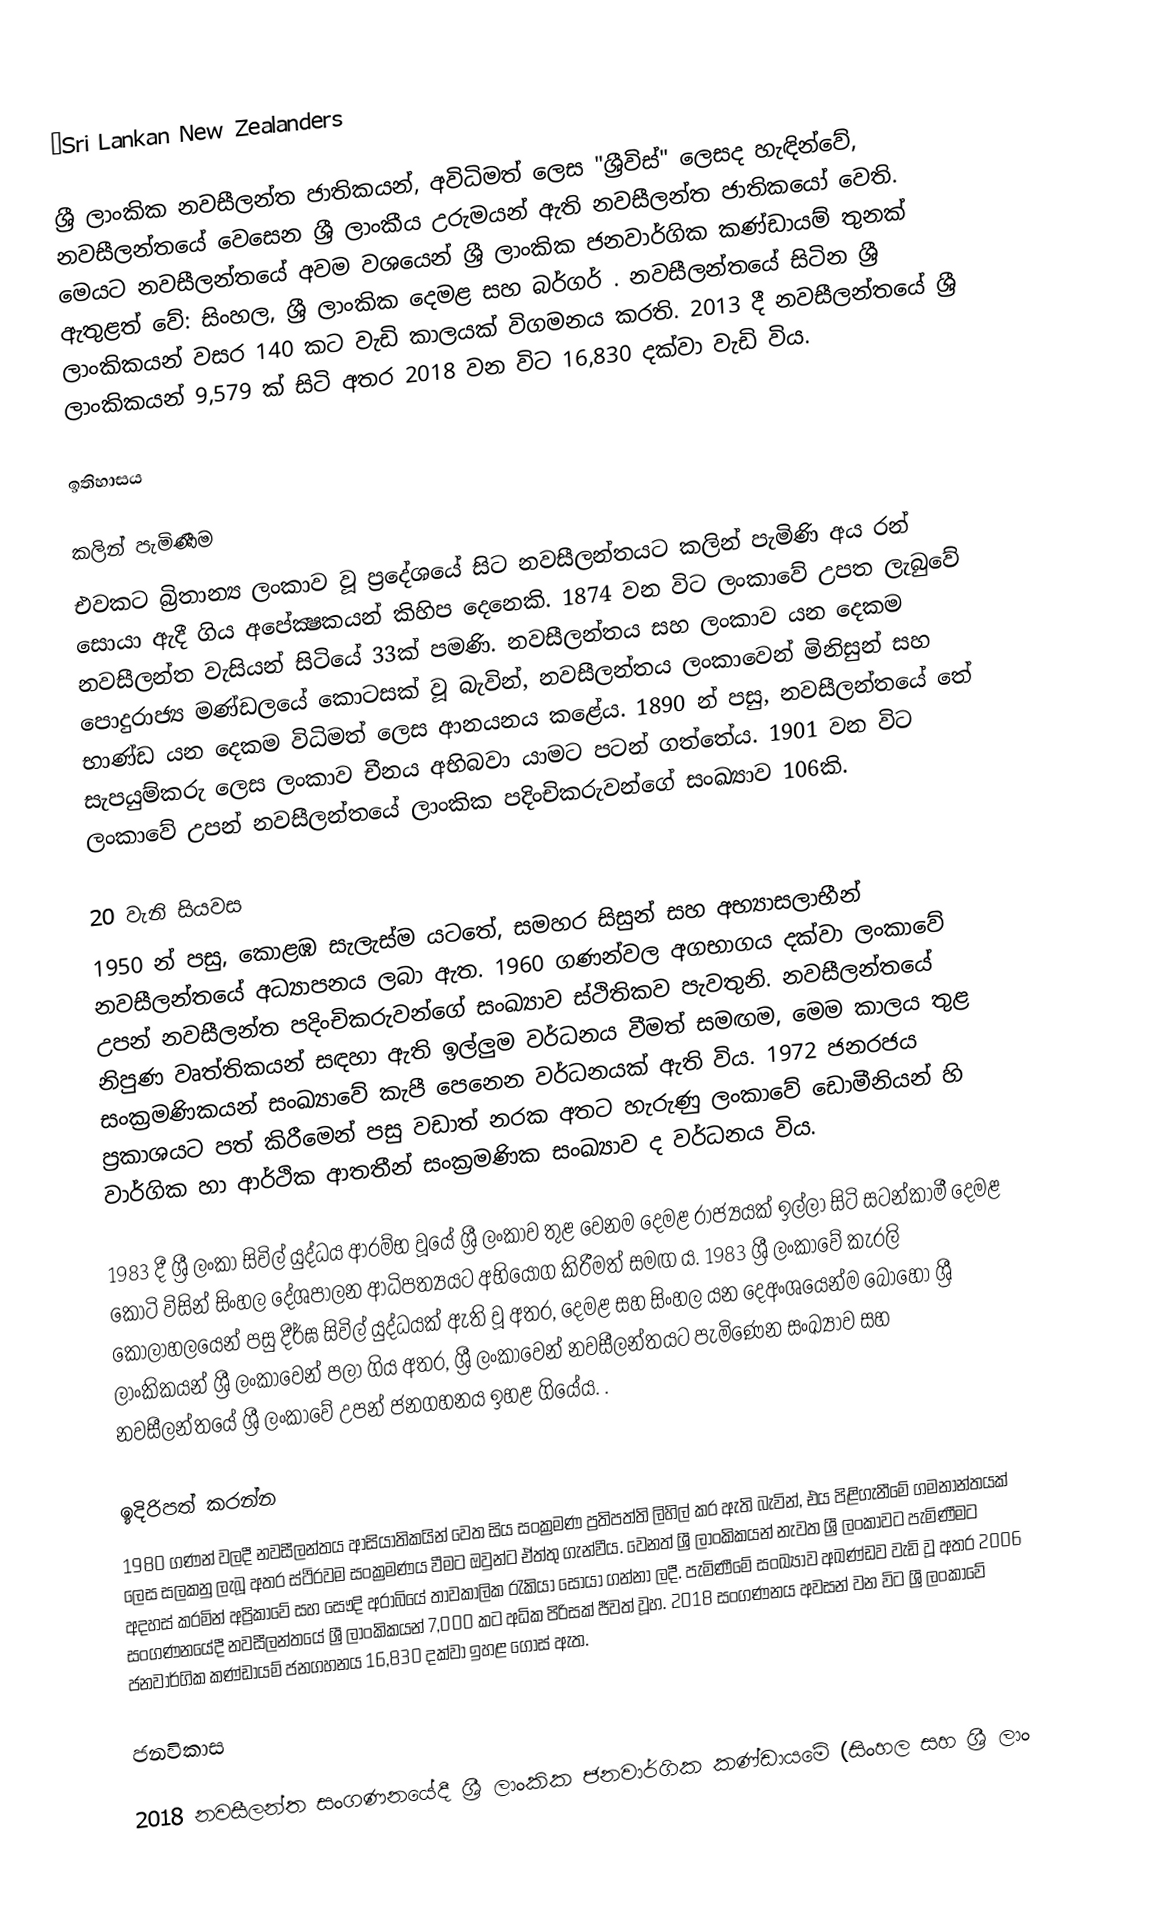
ΒSri Lankan New Zealanders

ශ්‍රී ලාංකික නවසීලන්ත ජාතිකයන්, අවිධිමත් ලෙස "ශ්‍රීවිස්" ලෙසද හැඳින්වේ, නවසීලන්තයේ වෙසෙන ශ්‍රී ලාංකීය උරුමයන් ඇති නවසීලන්ත ජාතිකයෝ වෙති. මෙයට නවසීලන්තයේ අවම වශයෙන් ශ්‍රී ලාංකික ජනවාර්ගික කණ්ඩායම් තුනක් ඇතුළත් වේ: සිංහල, ශ්‍රී ලාංකික දෙමළ සහ බර්ගර් . නවසීලන්තයේ සිටින ශ්‍රී ලාංකිකයන් වසර 140 කට වැඩි කාලයක් විගමනය කරති. 2013 දී නවසීලන්තයේ ශ්‍රී ලාංකිකයන් 9,579 ක් සිටි අතර   2018 වන විට 16,830 දක්වා වැඩි විය.

ඉතිහාසය

කලින් පැමිණීම
එවකට බ්‍රිතාන්‍ය ලංකාව වූ ප‍්‍රදේශයේ සිට නවසීලන්තයට කලින් පැමිණි අය රන් සොයා ඇදී ගිය අපේක්‍ෂකයන් කිහිප දෙනෙකි. 1874 වන විට ලංකාවේ උපත ලැබුවේ නවසීලන්ත වැසියන් සිටියේ 33ක් පමණි. නවසීලන්තය සහ ලංකාව යන දෙකම පොදුරාජ්‍ය මණ්ඩලයේ කොටසක් වූ බැවින්, නවසීලන්තය ලංකාවෙන් මිනිසුන් සහ භාණ්ඩ යන දෙකම විධිමත් ලෙස ආනයනය කළේය. 1890 න් පසු, නවසීලන්තයේ තේ සැපයුම්කරු ලෙස ලංකාව චීනය අභිබවා යාමට පටන් ගත්තේය. 1901 වන විට ලංකාවේ උපන් නවසීලන්තයේ ලාංකික පදිංචිකරුවන්ගේ සංඛ්‍යාව 106කි.

20 වැනි සියවස
1950 න් පසු, කොළඹ සැලැස්ම යටතේ, සමහර සිසුන් සහ අභ්‍යාසලාභීන් නවසීලන්තයේ අධ්‍යාපනය ලබා ඇත. 1960 ගණන්වල අගභාගය දක්වා ලංකාවේ උපන් නවසීලන්ත පදිංචිකරුවන්ගේ සංඛ්‍යාව ස්ථිතිකව පැවතුනි. නවසීලන්තයේ නිපුණ වෘත්තිකයන් සඳහා ඇති ඉල්ලුම වර්ධනය වීමත් සමඟම, මෙම කාලය තුළ සංක්‍රමණිකයන් සංඛ්‍යාවේ කැපී පෙනෙන වර්ධනයක් ඇති විය. 1972 ජනරජය ප්‍රකාශයට පත් කිරීමෙන් පසු වඩාත් නරක අතට හැරුණු ලංකාවේ ඩොමීනියන් හි වාර්ගික හා ආර්ථික ආතතීන් සංක්‍රමණික සංඛ්‍යාව ද වර්ධනය විය.

1983 දී ශ්‍රී ලංකා සිවිල් යුද්ධය ආරම්භ වූයේ ශ්‍රී ලංකාව තුළ වෙනම දෙමළ රාජ්‍යයක් ඉල්ලා සිටි සටන්කාමී දෙමළ කොටි විසින් සිංහල දේශපාලන ආධිපත්‍යයට අභියෝග කිරීමත් සමඟ ය.  1983 ශ්‍රී ලංකාවේ කැරලි කෝලාහලයෙන් පසු දීර්ඝ සිවිල් යුද්ධයක් ඇති වූ අතර, දෙමළ සහ සිංහල යන දෙඅංශයෙන්ම බොහෝ ශ්‍රී ලාංකිකයන් ශ්‍රී ලංකාවෙන් පලා ගිය අතර, ශ්‍රී ලංකාවෙන් නවසීලන්තයට පැමිණෙන සංඛ්‍යාව සහ නවසීලන්තයේ ශ්‍රී ලංකාවේ උපන් ජනගහනය ඉහළ ගියේය. .

ඉදිරිපත් කරන්න
1980 ගණන් වලදී නවසීලන්තය ආසියාතිකයින් වෙත සිය සංක්‍රමණ ප්‍රතිපත්ති ලිහිල් කර ඇති බැවින්, එය පිළිගැනීමේ ගමනාන්තයක් ලෙස සලකනු ලැබූ අතර ස්ථිරවම සංක්‍රමණය වීමට ඔවුන්ට ඒත්තු ගැන්වීය. වෙනත් ශ්‍රී ලාංකිකයන් නැවත ශ්‍රී ලංකාවට පැමිණීමට අදහස් කරමින් අප්‍රිකාවේ සහ සෞදි අරාබියේ තාවකාලික රැකියා සොයා ගන්නා ලදී. පැමිණීමේ සංඛ්‍යාව අඛණ්ඩව වැඩි වූ අතර 2006 සංගණනයේදී නවසීලන්තයේ ශ්‍රී ලාංකිකයන් 7,000 කට අධික පිරිසක් ජීවත් වූහ.  2018 සංගණනය අවසන් වන විට ශ්‍රී ලංකාවේ ජනවාර්ගික කණ්ඩායම් ජනගහනය 16,830 දක්වා ඉහළ ගොස් ඇත.

ජනවිකාස

2018 නවසීලන්ත සංගණනයේදී ශ්‍රී ලාංකික ජනවාර්ගික කණ්ඩායමේ (සිංහල සහ ශ්‍රී ලාං